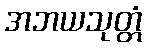
အဘယသုတ္တံ